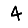
Digit: 4